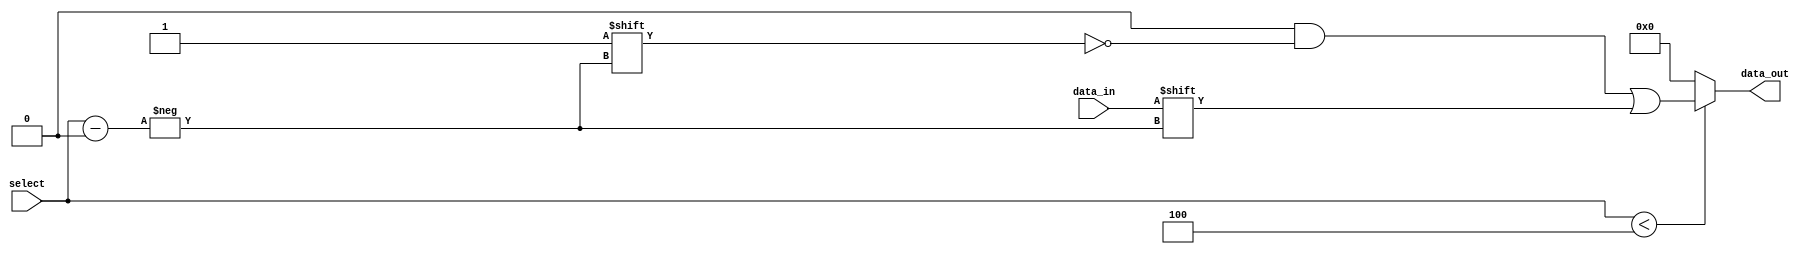
module parameterized_demux #(parameter N = 4) (
    input wire data_in,
    input wire [$clog2(N)-1:0] select,
    output reg [N-1:0] data_out
);
    
    // Combinational logic for demultiplexing
    always @(*) begin
        // Initialize all outputs to 0
        data_out = {N{1'b0}};
        
        // Check if select is in valid range
        if (select < N) begin
            // Route data_in to the selected output
            data_out[select] = data_in;
        end
        // No need to handle else case explicitly; outputs remain 0
    end

endmodule